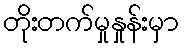
တိုးတက်မှုနှုန်းမှာ